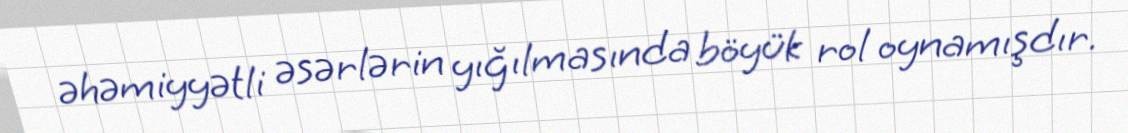
əhəmiyyətli əsərlərin yığılmasında böyük rol oynamışdır.